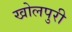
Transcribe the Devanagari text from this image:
खोलपुरी